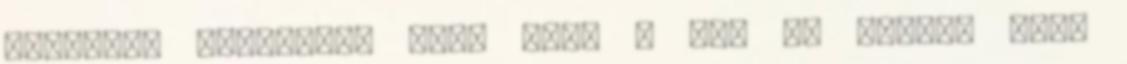
sikereit koronázza meg, hogy a BMW új gyárat épít